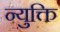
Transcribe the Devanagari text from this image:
न्युक्ति